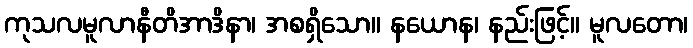
ကုသလမူလာနီတိအာဒိနာ၊ အစရှိသော။ နယောန၊ နည်းဖြင့်။ မူလတော၊